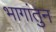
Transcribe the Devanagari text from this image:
भागांतुन